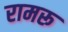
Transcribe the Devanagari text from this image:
रामरू